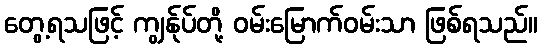
တွေ့ရသဖြင့် ကျွန်ုပ်တို့ ဝမ်းမြောက်ဝမ်းသာ ဖြစ်ရသည်။